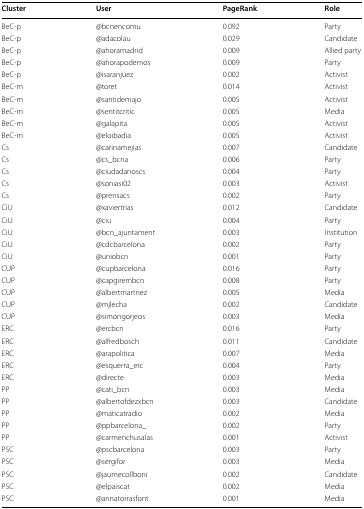
<table><thead><tr><td><b>Cluster</b></td><td><b>User</b></td><td><b>PageRank</b></td><td><b>Role</b></td></tr></thead><tbody><tr><td>BeC-p</td><td>@bcnencomu</td><td>0.092</td><td>Party</td></tr><tr><td>BeC-p</td><td>@adacolau</td><td>0.029</td><td>Candidate</td></tr><tr><td>BeC-p</td><td>@ahoramadrid</td><td>0.009</td><td>Allied party</td></tr><tr><td>BeC-p</td><td>@ahorapodemos</td><td>0.009</td><td>Party</td></tr><tr><td>BeC-p</td><td>@isaranjuez</td><td>0.002</td><td>Activist</td></tr><tr><td>BeC-m</td><td>@toret</td><td>0.014</td><td>Activist</td></tr><tr><td>BeC-m</td><td>@santidemajo</td><td>0.005</td><td>Activist</td></tr><tr><td>BeC-m</td><td>@sentitcritic</td><td>0.005</td><td>Media</td></tr><tr><td>BeC-m</td><td>@galapita</td><td>0.005</td><td>Activist</td></tr><tr><td>BeC-m</td><td>@eloibadia</td><td>0.005</td><td>Activist</td></tr><tr><td>Cs</td><td>@carinamejias</td><td>0.007</td><td>Candidate</td></tr><tr><td>Cs</td><td>@cs_bcna</td><td>0.006</td><td>Party</td></tr><tr><td>Cs</td><td>@ciudadanoscs</td><td>0.004</td><td>Party</td></tr><tr><td>Cs</td><td>@soniasi02</td><td>0.003</td><td>Activist</td></tr><tr><td>Cs</td><td>@prensacs</td><td>0.002</td><td>Party</td></tr><tr><td>CiU</td><td>@xaviertrias</td><td>0.012</td><td>Candidate</td></tr><tr><td>CiU</td><td>@ciu</td><td>0.004</td><td>Party</td></tr><tr><td>CiU</td><td>@bcn_ajuntament</td><td>0.003</td><td>Institution</td></tr><tr><td>CiU</td><td>@cdcbarcelona</td><td>0.002</td><td>Party</td></tr><tr><td>CiU</td><td>@uniobcn</td><td>0.001</td><td>Party</td></tr><tr><td>CUP</td><td>@cupbarcelona</td><td>0.016</td><td>Party</td></tr><tr><td>CUP</td><td>@capgirembcn</td><td>0.008</td><td>Party</td></tr><tr><td>CUP</td><td>@albertmartnez</td><td>0.005</td><td>Media</td></tr><tr><td>CUP</td><td>@mjlecha</td><td>0.002</td><td>Candidate</td></tr><tr><td>CUP</td><td>@simongorjeos</td><td>0.003</td><td>Media</td></tr><tr><td>ERC</td><td>@ercbcn</td><td>0.016</td><td>Party</td></tr><tr><td>ERC</td><td>@alfredbosch</td><td>0.011</td><td>Candidate</td></tr><tr><td>ERC</td><td>@arapolitica</td><td>0.007</td><td>Media</td></tr><tr><td>ERC</td><td>@esquerra_erc</td><td>0.004</td><td>Party</td></tr><tr><td>ERC</td><td>@directe</td><td>0.003</td><td>Media</td></tr><tr><td>PP</td><td>@cati_bcn</td><td>0.003</td><td>Media</td></tr><tr><td>PP</td><td>@albertofdezxbcn</td><td>0.003</td><td>Candidate</td></tr><tr><td>PP</td><td>@maticatradio</td><td>0.002</td><td>Media</td></tr><tr><td>PP</td><td>@ppbarcelona_</td><td>0.002</td><td>Party</td></tr><tr><td>PP</td><td>@carmenchusalas</td><td>0.001</td><td>Activist</td></tr><tr><td>PSC</td><td>@pscbarcelona</td><td>0.003</td><td>Party</td></tr><tr><td>PSC</td><td>@sergifor</td><td>0.003</td><td>Media</td></tr><tr><td>PSC</td><td>@jaumecollboni</td><td>0.002</td><td>Candidate</td></tr><tr><td>PSC</td><td>@elpaiscat</td><td>0.002</td><td>Media</td></tr><tr><td>PSC</td><td>@annatorrasfont</td><td>0.001</td><td>Media</td></tr></tbody></table>